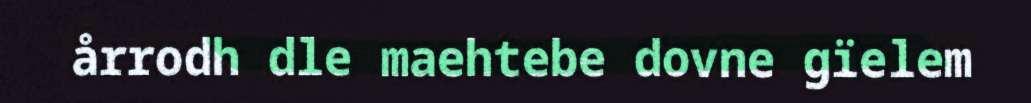
årrodh dle maehtebe dovne gïelem